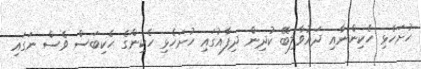
ހުށަހެޅި ހެކިންނާއި ދައުވާލިބޭ ކުދިން ދިފާއުގައި ހުށަހެޅި ހެކިންގެ ހެކިބަސް ވެސް ނަގައި